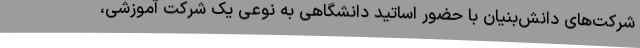
شرکت‌های دانش‌بنیان با حضور اساتید دانشگاهی به نوعی یک شرکت آموزشی،